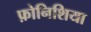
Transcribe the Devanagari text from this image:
फ़ोनिशिया